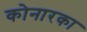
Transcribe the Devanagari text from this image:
कोनारका